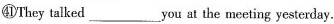
㊶They talked ___ you at the meeting yesterday.